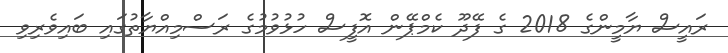
ރައީސް ޔާމީންގެ 2018 ގެ ފޭދޫ ކެމްޕޭން އޮފީސް ހުޅުވުމުގެ ރަސްމިއްޔާތުގައި ބައިވެރިވި